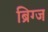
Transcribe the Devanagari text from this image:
ब्रिग्ज